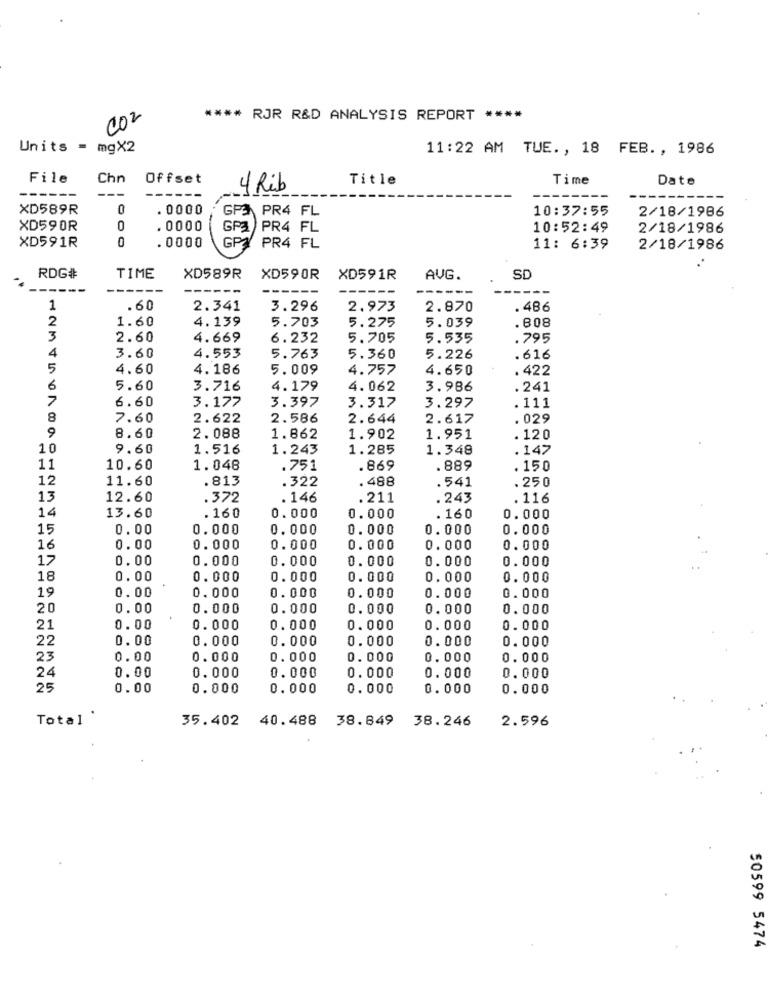
002
**** RJR R&D ANALYSIS REPORT ****
Units = mgX2
11:22 AM TUE ., 18 FEB ., 1986
File
Chn
Offset
Title
Time
Date
4 Rib
------
---
-----
XD589R
0
. 0000
GPO PR4 FL
10:37:55
2/18/1986
XD590R
. 0000
GP3
PR4 FL
10:52:49
2/18/1986
XD591R
. 0000
GPA
PR4 FL
11: 6:39
2/18/1986
RDG#
TIME
XD589R
XD590R
XD591R
AVG.
SD
-
---
--
---
---
1
.60
2.341
3.296
2.973
2.870
. 486
2
1.60
4.139
5.703
5.275
5.039
. 808
3
2.60
4.669
6.232
5.705
5.535
.795
4.553
4
3.60
5.763
5.360
5.226
.616
5
4.60
4. 186
5.009
4.757
4.650
. 422
6
5.60
3.716
4.179
4.062
3.986
. 241
7
6.60
3.177
3.397
3.317
3.297
. 111
8
7.60
2.622
2.586
2.644
2.617
. 029
9
8.60
2. 088
1.862
1.902
1.951
. 120
10
9.60
1.516
1.243
1.285
1.348
.147
11
10.60
1.048
.751
.869
.889
. 150
12
11.60
.813
.322
.488
.541
.250
13
12.60
.372
. 146
.211
.243
. 116
14
13.60
.160
0.000
0.000
. 160
0.000
15
0.00
0.000
0.000
0.000
0.000
0.000
16
0.00
0.000
0.000
0.000
0.000
0.000
17
0.00
0.000
0.000
0.000
0.000
0.000
18
0.00
0. 000
0.000
0. 000
0.000
0.000
19
0.00
0.000
0.000
0.000
0.000
0.000
20
0.00
0.000
0.000
0.000
0.000
0.000
21
0.00
0.000
0.000
0.000
0. 000
0.000
22
0.00
0.000
0.000
0.000
0.000
0.000
23
0.00
0.000
0.000
0.000
0.000
0.000
24
0.000
0.000
0.00
0. 000
0.000
0.000
25
0.00
0.000
0.000
0.000
0.000
0.000
Total '
35.402 40.488 38.849 38.246
2.596
50599 5474